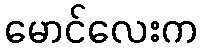
မောင်လေးက